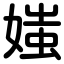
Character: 媸